Senior Leaving Certificate Examination (including Day School Certificate (Higher) General paper), 1950
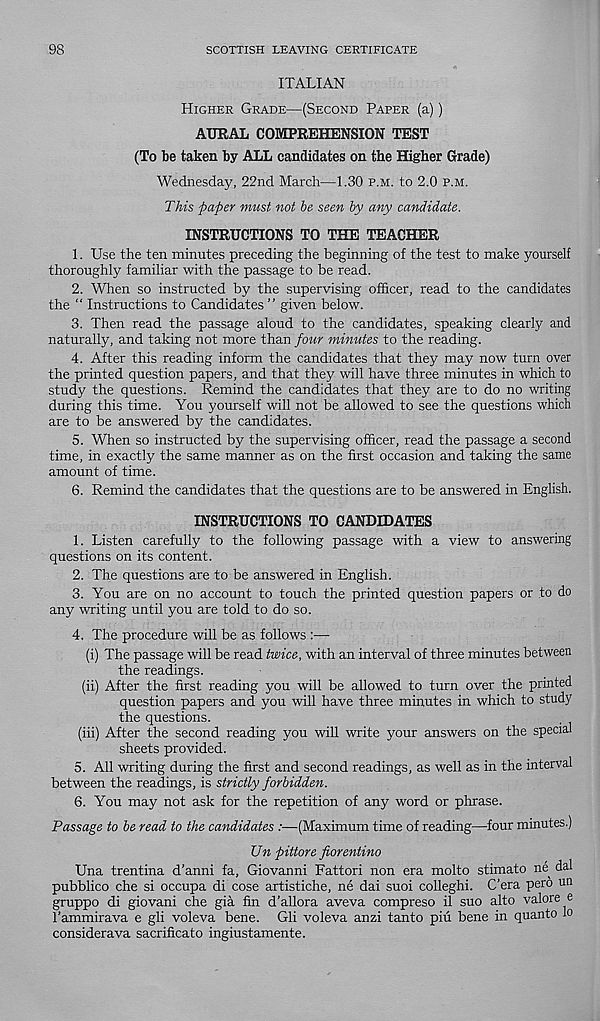
98
SCOTTISH LEAVING CERTIFICATE
ITALIAN
Higher Grade—(Second Paper (a))
AURAL COMPREHENSION TEST
(To be taken by ALL candidates on the Higher Grade)
Wednesday, 22nd March—1.30 p.m. to 2.0 p.m.
This paper must not be seen by any candidate.
INSTRUCTIONS TO THE TEACHER
1. Use the ten minutes preceding the beginning of the test to make yourself
thoroughly familiar with the passage to be read.
2. When so instructed by the supervising officer, read to the candidates
the “ Instructions to Candidates ” given below.
3. Then read the passage aloud to the candidates, speaking clearly and
naturally, and taking not more than four minutes to the reading.
4. After this reading inform the candidates that they may now turn over
the printed question papers, and that they will have three minutes in which to
study the questions. Remind the candidates that they are to do no writing
during this time. You yourself will not be allowed to see the questions which
are to be answered by the candidates.
5. When so instructed by the supervising officer, read the passage a second
time, in exactly the same manner as on the first occasion and taking the same
amount of time.
6. Remind the candidates that the questions are to be answered in English.
INSTRUCTIONS TO CANDIDATES
1. Listen carefully to the following passage with a view to answering
questions on its content.
2. The questions are to be answered in English.
3. You are on no account to touch the printed question papers or to do
any writing until you are told to do so.
4. The procedure will be as follows :—
(i) The passage will be read twice, with an interval of three minutes between
the readings.
(ii) After the first reading you will be allowed to turn over the printed
question papers and you will have three minutes in which to study
the questions.
(iii) After the second reading you will write your answers on the special
sheets provided.
5. All writing during the first and second readings, as well as in the interval
between the readings, is strictly forbidden.
6. You may not ask for the repetition of any word or phrase.
Passage to be read to the candidates :—(Maximum time of reading—four minutes.)
Un pittore fiorentino
Una trentina d’anni fa, Giovanni Fattori non era molto stimato ne dal
pubblico che si occupa di cose artistiche, ne dai suoi colleghi. C’era pero un
gruppo di giovani che gia fin d’allora aveva compreso il suo alto valore e
1’ammirava e gli voleva bene. Gli voleva anzi tanto piu bene in quanto Jo
considerava sacrificato ingiustamente.